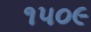
૧૫૦૯